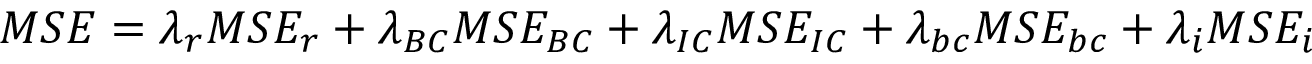
\begin{array} { r } { M S E = \lambda _ { r } M S E _ { r } + \lambda _ { B C } M S E _ { B C } + \lambda _ { I C } M S E _ { I C } + \lambda _ { b c } M S E _ { b c } + \lambda _ { i } M S E _ { i } } \end{array}